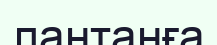
лантанға